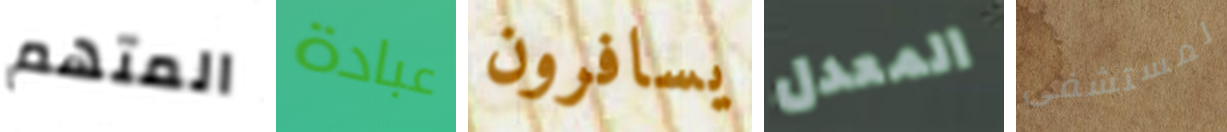
المتهم عبادة يسافرون المعدل لمستشفى